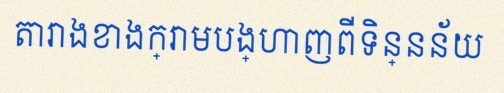
តារាងខាងក្រោមបង្ហាញពីទិន្នន័យ